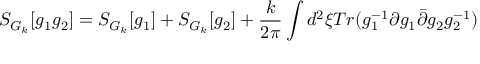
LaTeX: S _ { G _ { k } } [ g _ { 1 } g _ { 2 } ] = S _ { G _ { k } } [ g _ { 1 } ] + S _ { G _ { k } } [ g _ { 2 } ] + \frac { k } { 2 \pi } \int d ^ { 2 } \xi T r ( g _ { 1 } ^ { - 1 } \partial g _ { 1 } \bar { \partial } g _ { 2 } g _ { 2 } ^ { - 1 } )